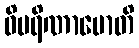
ဝိပရိဏာမောတိ